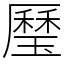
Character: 㻺